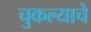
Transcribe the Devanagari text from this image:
चुकल्याचे